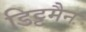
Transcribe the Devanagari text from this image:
डिट्टमैन